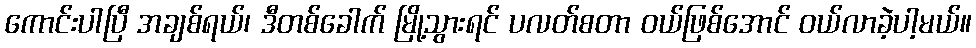
ကောင်းပါပြီ အချစ်ရယ်၊ ဒီတစ်ခေါက် မြို့သွားရင် ပလတ်စတာ ဝယ်ဖြစ်အောင် ဝယ်လာခဲ့ပါ့မယ်။